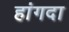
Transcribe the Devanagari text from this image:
हांगदा